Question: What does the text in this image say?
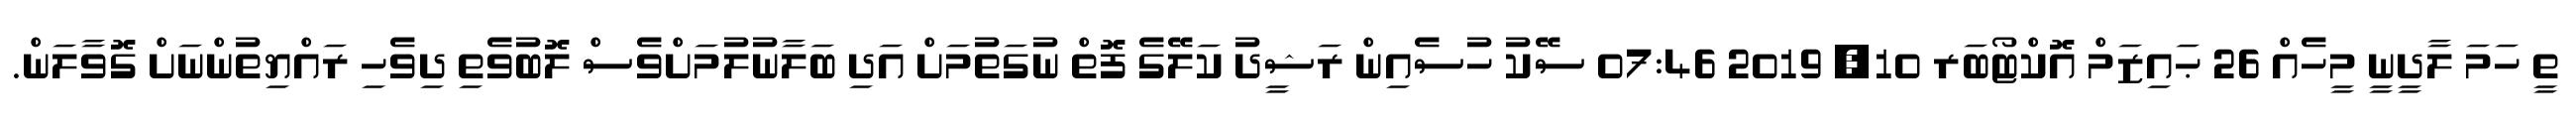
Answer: ތީ ހަމަ ލާދީނީ މީހެއް 26 ޙައިޒަމް އޮކްޓޯބަރ 10, 2019 07:46 ސޭކު ހުސެއިން ރަޝީދު ކަލޭގެ ފޮތް ނުގަތުމަށް އަދި ބަލާނުލުމަށްވެސް ލޮބުވެތި ދިވެހި ރައްޔިތުންނަށް ގޮވާލަން.